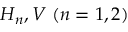
H _ { n } , V ~ ( n = 1 , 2 )